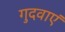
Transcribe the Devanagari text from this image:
गुदवाएं